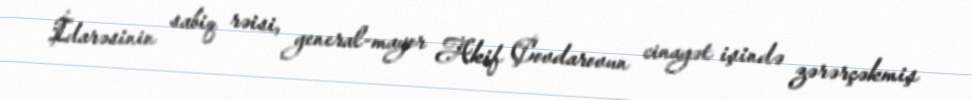
İdarəsinin sabiq rəisi, general-mayor Akif Çovdarovun cinayət işində zərərçəkmiş